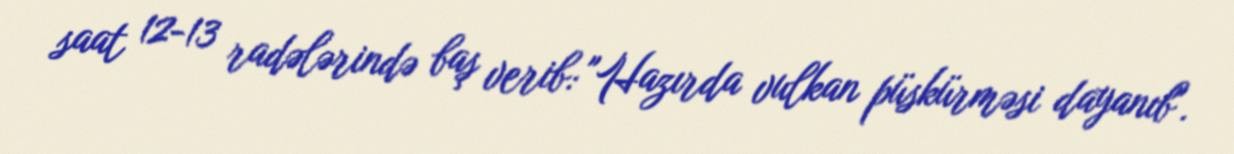
saat 12-13 radələrində baş verib: "Hazırda vulkan püskürməsi dayanıb".